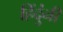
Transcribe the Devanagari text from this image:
हिंदुंनी